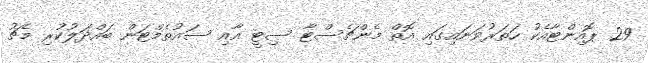
29 ޕޮއިންޓާއެކު ހަތަރުވަނައިގައި އޮތް މެންޗެސްޓާ ސިޓީ އާއި ސައުތެމްޓަން ބައްދަލުކުރި މެޗު